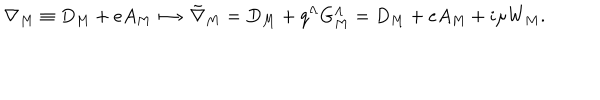
LaTeX: \nabla _ { M } \equiv { D } _ { M } + e A _ { M } \ \mapsto \ { \tilde { \nabla } } _ { M } = { D } _ { M } + q ^ { \Lambda } G _ { M } ^ { \Lambda } = { D } _ { M } + e A _ { M } + i \mu W _ { M } .